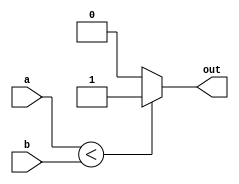
module LtCell( a, b, out);

	input [3:0] a;
	input [3:0] b;
	output out;
	wire out;

	assign out = a < b ? 1'b1 : 1'b0;

	//assign out = a & b & c;
	//assign out = AND(a, b, c);
  	//and(out, a,b,c);

endmodule